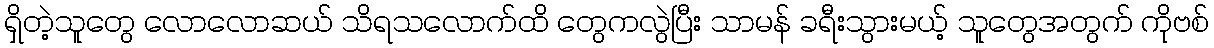
ရှိတဲ့သူတွေ လောလောဆယ် သိရသလောက်ထိ တွေကလွဲပြီး သာမန် ခရီးသွားမယ့် သူတွေအတွက် ကိုဗစ်